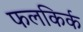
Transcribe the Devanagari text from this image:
फलकिर्क